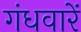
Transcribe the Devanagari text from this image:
गंधवारें